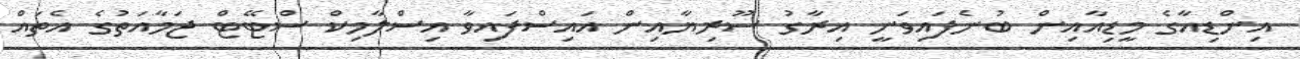
އިންޑިއާގެ މީޑިއާއިން ބުނެފައިވަނީ އިރާގު ސޫރިޔާއިން އައިސްފައިވާ އިސްލާމިކް ސްޓޭޓް ޖަމާއަތުގެ އެތައް